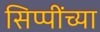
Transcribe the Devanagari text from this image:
सिप्पींच्या